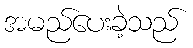
အမည်ပေးခဲ့သည်